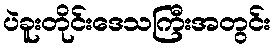
ပဲခူးတိုင်းဒေသကြီးအတွင်း